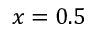
x = 0 . 5